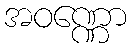
အဝဏ္ဏော